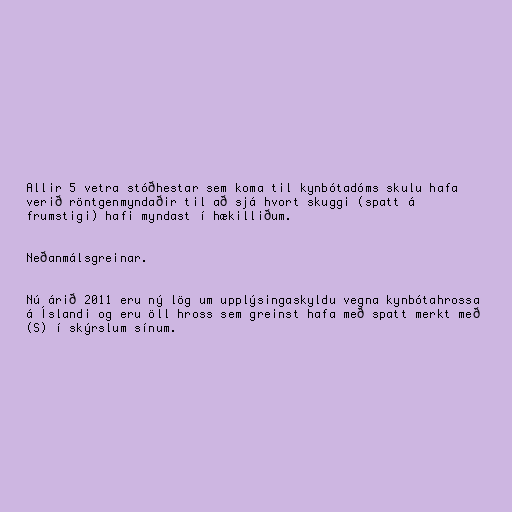
Allir 5 vetra stóðhestar sem koma til kynbótadóms skulu hafa
verið röntgenmyndaðir til að sjá hvort skuggi (spatt á
frumstigi) hafi myndast í hækilliðum.

Neðanmálsgreinar.

Nú árið 2011 eru ný lög um upplýsingaskyldu vegna kynbótahrossa
á Íslandi og eru öll hross sem greinst hafa með spatt merkt með
(S) í skýrslum sínum.